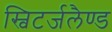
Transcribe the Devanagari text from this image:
स्विटर्जलैण्ड